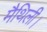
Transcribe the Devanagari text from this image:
मैथिली।